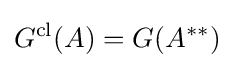
G^{\text{cl}}(A)=G(A^{**})